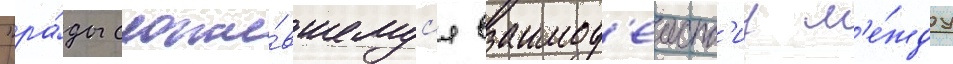
"ра́ды сложи́вшемус'я взаимод'еиств'иу м'е́жду